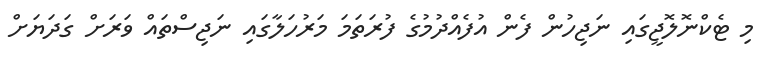
މި ޓެކްނޮލޮޖީގައި ނަޖިހުން ފެން އުފެއްދުމުގެ ފުރަތަމަ މަރުހަލާގައި ނަޖިސްތައް ވަރަށް ގަދަޔަށް